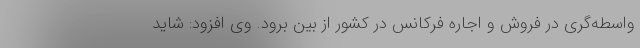
واسطه‌گری در فروش و اجاره فرکانس در کشور از بین برود. وی افزود: شاید